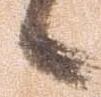
候